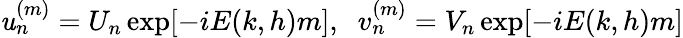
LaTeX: \mathit{u}_{n}^{(m)}=U_{n}\exp[-iE(k,h)m],\; \; v_{n}^{(m)}=V_{n}\exp[-iE(k,h)m]